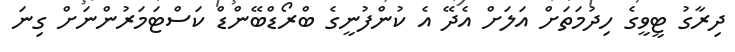
ދިރާގު ޓީވީގެ ހިދުމަތަށް އަލަށް އެދޭ އެ ކުންފުނީގެ ބްރޯޑްބޭންޑް ކަސްޓަމަރުންނަށް ގިނަ